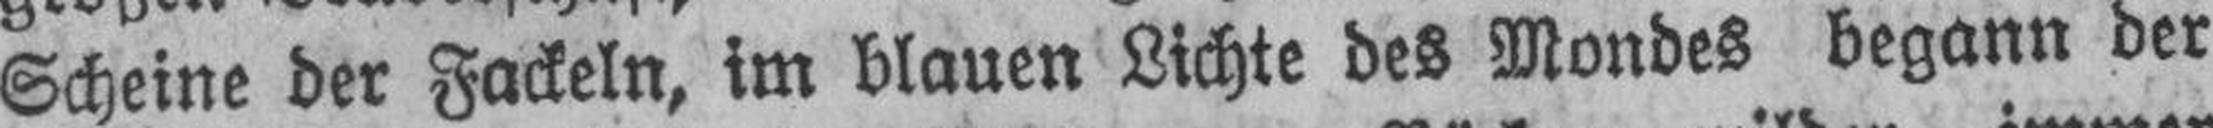
Scheine der Fackeln, im blauen Lichte des Mondes begann der